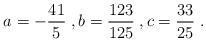
LaTeX: \begin{align*}a = -\frac{41}{5} \;, b = \frac{123}{125} \;, c = \frac{33}{25} \;.\end{align*}